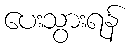
ပေးသွားရန်